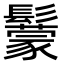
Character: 䰒